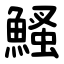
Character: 鰠